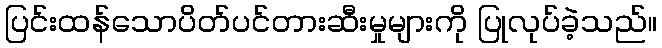
ပြင်းထန်သောပိတ်ပင်တားဆီးမှုများကို ပြုလုပ်ခဲ့သည်။